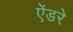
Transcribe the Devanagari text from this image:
ऐंडरे